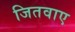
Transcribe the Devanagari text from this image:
जितवाए